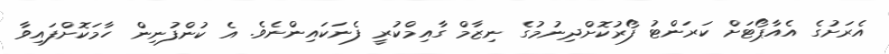
އެރަށުގެ އެއާޕޯޓަށް ކަރަންޓު ފޯރުކޮށްދިނުމުގެ ނިޒާމް ގާއިމްކުރީ ފެނަކައިންނެވެ. އެ ކުންފުނިން ހާމަކޮށްފައިވާ